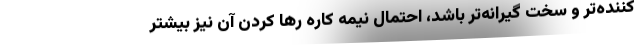
کننده‌تر و سخت گیرانه‌تر باشد، احتمال نیمه کاره رها کردن آن نیز بیشتر